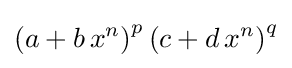
\left(a+b\,x^{n}\right)^{p}\left(c+d\,x^{n}\right)^{q}